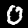
Label: 0